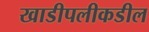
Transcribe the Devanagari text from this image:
खाडीपलीकडील